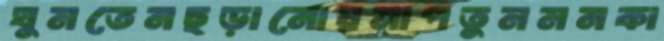
ঘুমতেনছড়ানোয়মাপতুমমনকা